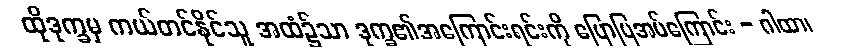
ထိုဒုက္ခမှ ကယ်တင်နိုင်သူ အထံ၌သာ ဒုက္ခ၏အကြောင်းရင်းကို ပြောပြအပ်ကြောင်း - ဂါထာ၊